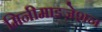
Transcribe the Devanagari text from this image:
मिनीमाइज़ेशन